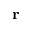
\mathbf { r }